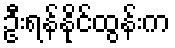
ဦးရန်နိုင်ထွန်းက